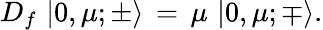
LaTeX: D_{f}\, \left|0,\mu;\pm\rangle\right.\, =\, \mu\, \left|0,\mu;\mp\rangle\right..